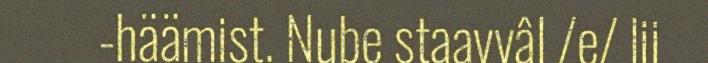
-häämist. Nube staavvâl /e/ lii